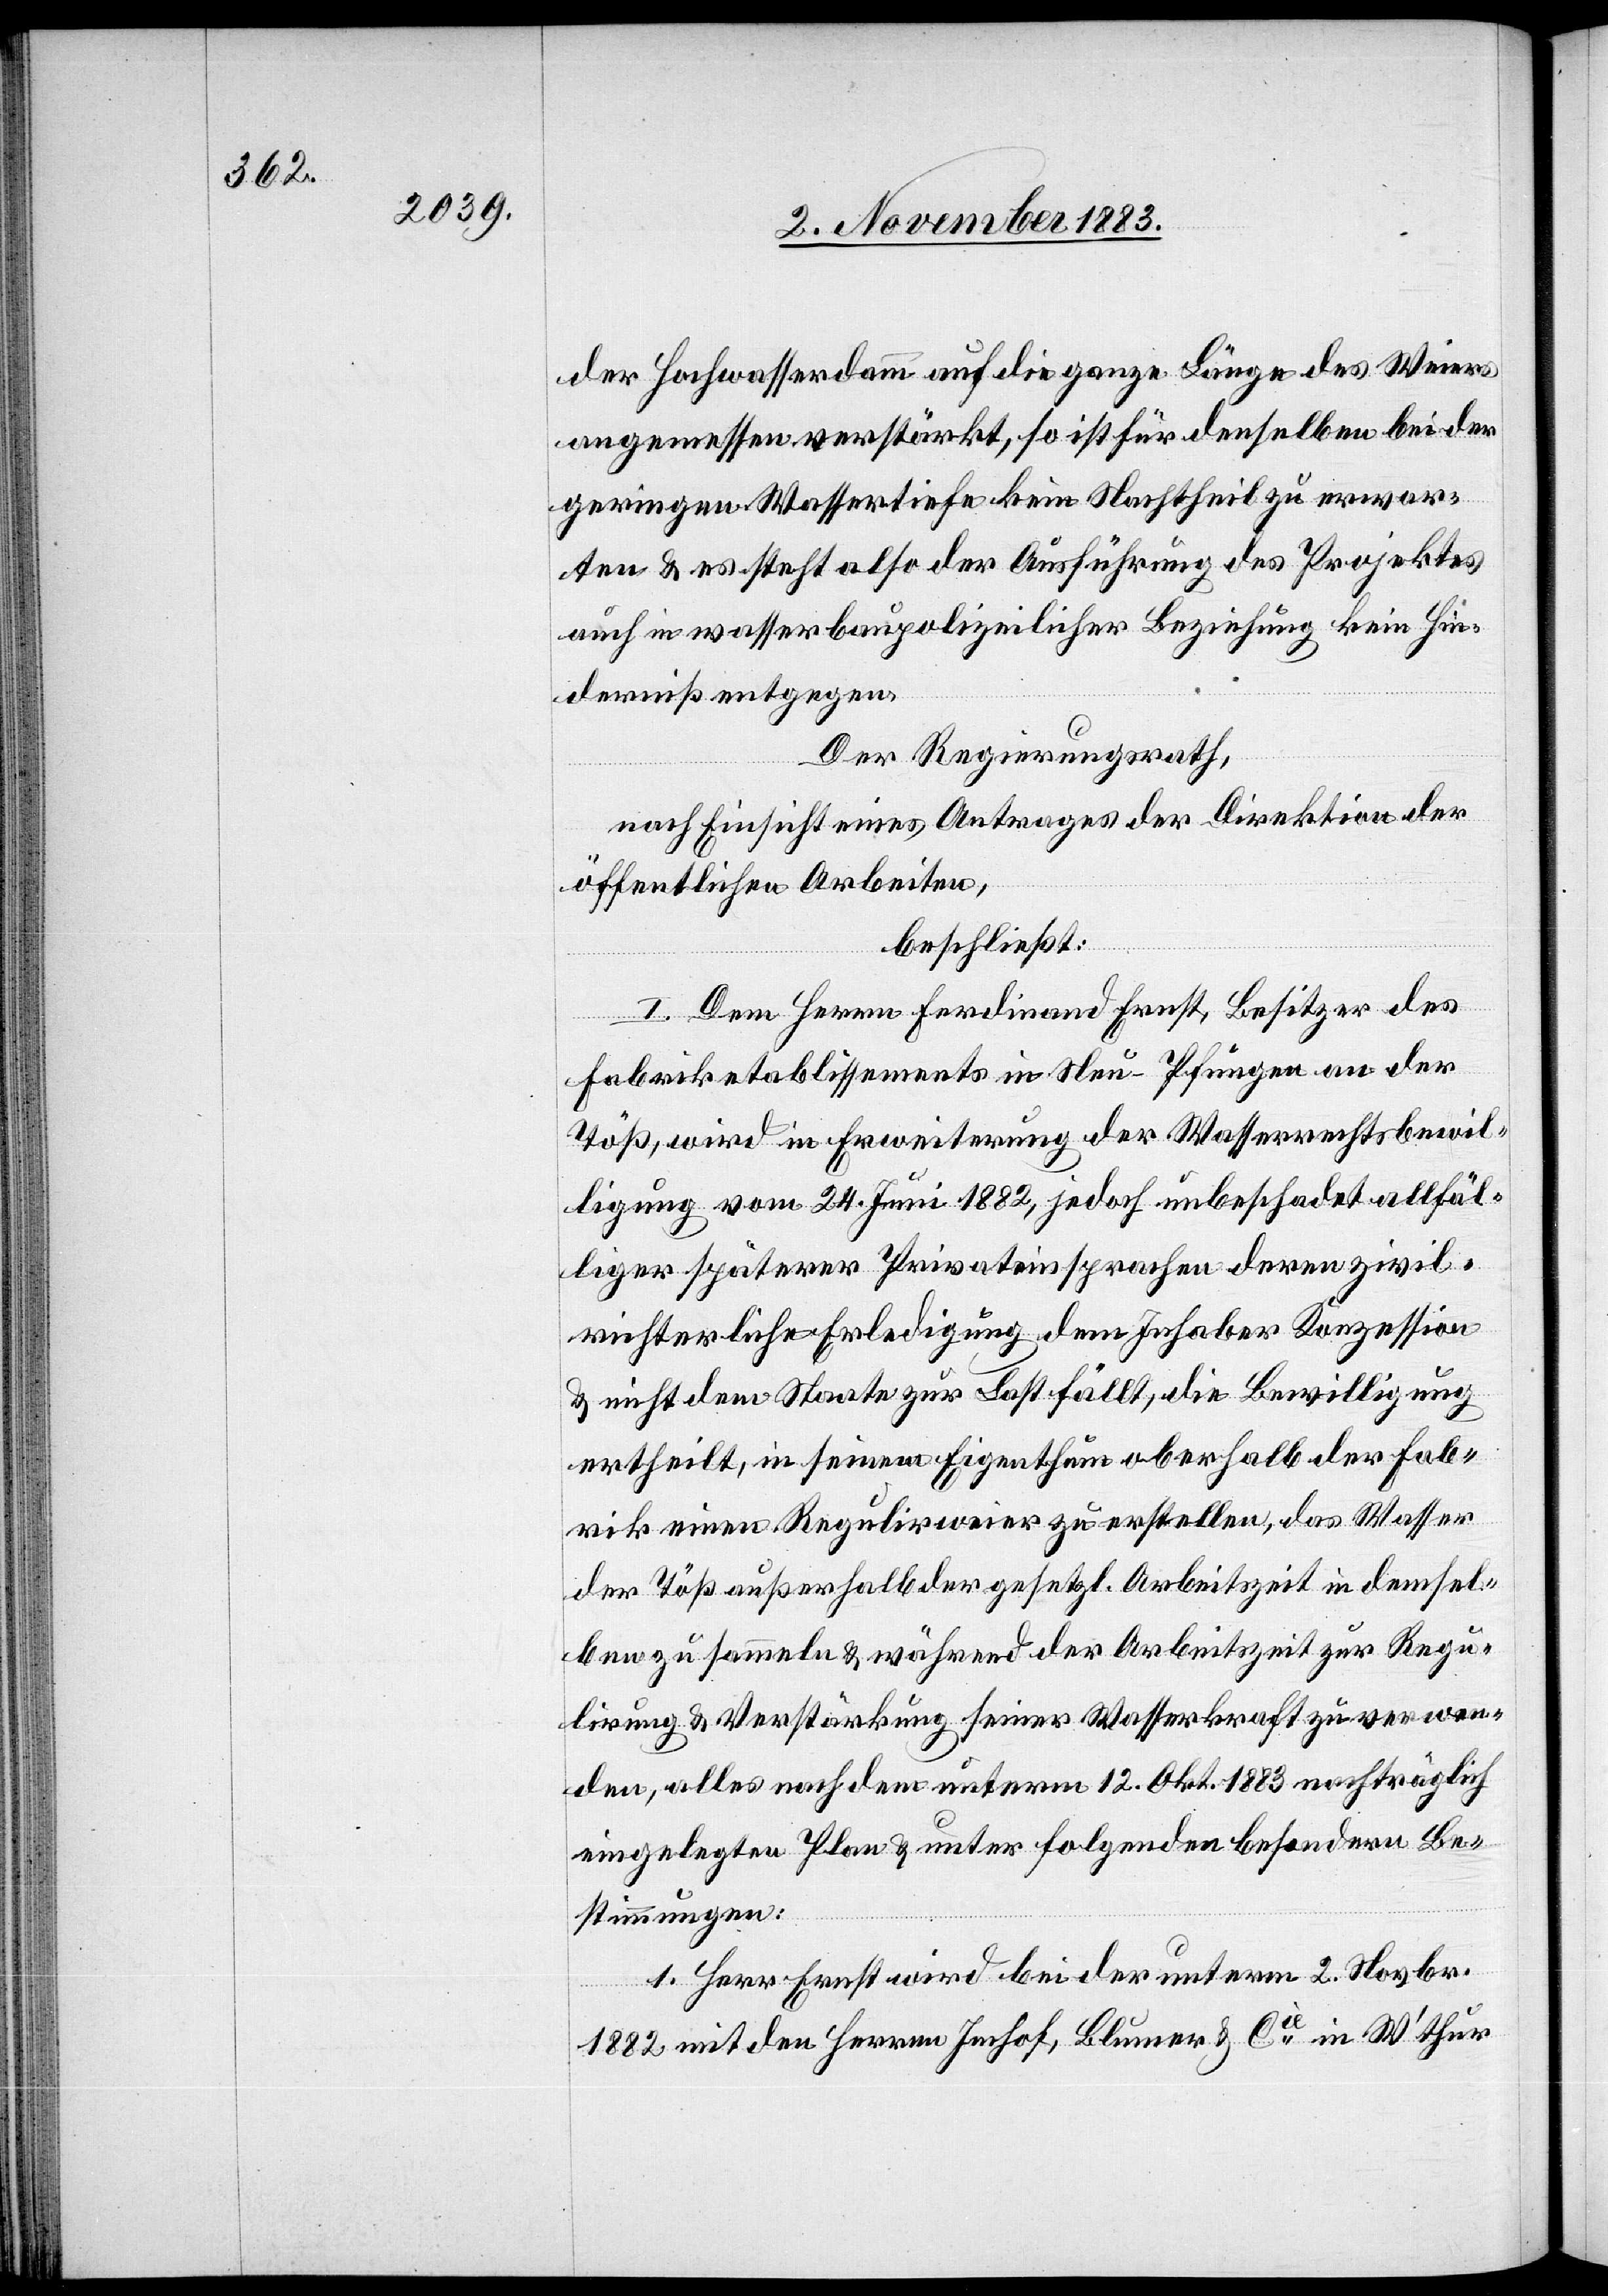
der Hochwasserdamm auf die ganze Länge des Weiers
angemessen verstärkt, so ist für denselben bei der
geringen Wassertiefe kein Nachtheil zu erwar¬
ten & es steht also der Ausführung des Projektes
auch in wasserbaupolizeilicher Beziehung kein Hin¬
derniß entgegen.
Der Regierungsrath,
nach Einsicht eines Antrages der Direktion der
öffentlichen Arbeiten,
beschließt:
I. Dem Herrn Ferdinand Ernst, Besitzer des
Fabriketablissements in Neu-Pfungen an der
Töß, wird in Erweiterung der Wasserrechtsbewil¬
ligung vom 24. Juni 1882, jedoch unbeschadet allfäl¬
liger späterer Privateinsprachen deren zivil¬
richterliche Erledigung dem Inhaber Konzession
ertheilt, in seinem Eigenthum oberhalb der Fab¬
rik einen Regulirweier zu erstellen, das Wasser
der Töß außerhalb der gesetzl. Arbeitszeit in demsel¬
ben zu sammeln & während der Arbeitszeit zur Regu¬
lirung & Verstärkung seiner Wasserkraft zu verwen¬
den, alles nach dem unterm 12. Okt. 1883 nachträglich
eingelegten Plan & unter folgenden besondern Be¬
stimmungen:
1. Herr Ernst wird bei der unterm 2. Novbr.
1882 mit den Herren Imhof, Blumer & Cie in W’thur